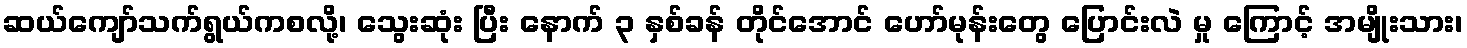
ဆယ်ကျော်သက်ရွယ်ကစလို့၊ သွေးဆုံး ပြီး နောက် ၃ နှစ်ခန် တိုင်အောင် ဟော်မုန်းတွေ ပြောင်းလဲ မှု ကြောင့် အမျိုးသား၊